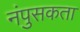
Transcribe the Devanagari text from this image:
नंपुसकता